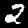
Digit: 2